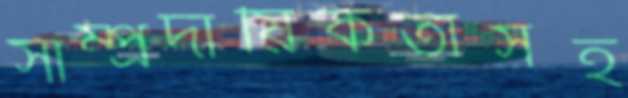
সাম্প্রদায়িকতাসহ